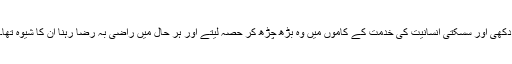
دکھی اور سسکتی انسانیت کی خدمت کے کاموں میں وہ بڑھ چڑھ کر حصہ لیتے اور ہر حال میں راضی بہ رضا رہنا ان کا شیوہ تھا۔